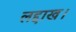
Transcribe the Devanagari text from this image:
लद्दाख।